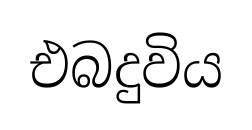
එබදුවිය